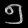
Digit: ၅